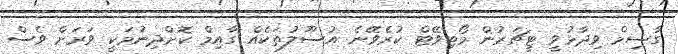
ގާސިމް ވިދާޅުވީ ޓީޗަރުން މޯޓިވޭޓް ކުރެވޭނެ އުސޫލުތަކެއް ގާއިމް ކޮށްދިނުމަކީ ވަރަށް ވެސް